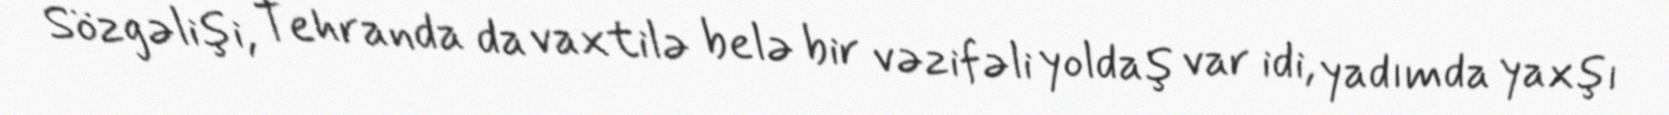
Sözgəlişi, Tehranda da vaxtilə belə bir vəzifəli yoldaş var idi, yadımda yaxşı